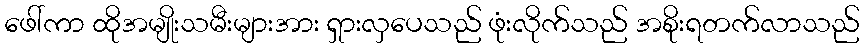
ဖေါ်ကာ ထိုအမျိုးသမီးများအား ရှားလှပေသည် ဖုံးလိုက်သည် အစိုးရတက်လာသည်